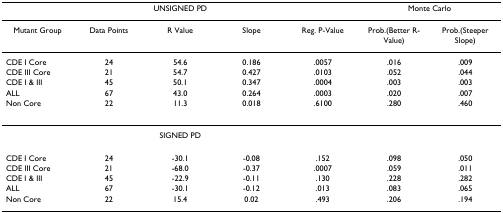
<table><thead><tr><td colspan="5"><b>UNSIGNED PD</b></td><td colspan="2"><b>Monte Carlo</b></td></tr></thead><tbody><tr><td>Mutant Group</td><td>Data Points</td><td>R Value</td><td>Slope</td><td>Reg. P-Value</td><td>Prob.(Better R-Value)</td><td>Prob.(Steeper Slope)</td></tr><tr><td>CDE I Core</td><td>24</td><td>54.6</td><td>0.186</td><td>.0057</td><td>.016</td><td>.009</td></tr><tr><td>CDE III Core</td><td>21</td><td>54.7</td><td>0.427</td><td>.0103</td><td>.052</td><td>.044</td></tr><tr><td>CDE I &amp; III</td><td>45</td><td>50.1</td><td>0.347</td><td>.0004</td><td>.003</td><td>.003</td></tr><tr><td>ALL</td><td>67</td><td>43.0</td><td>0.264</td><td>.0003</td><td>.020</td><td>.007</td></tr><tr><td>Non Core</td><td>22</td><td>11.3</td><td>0.018</td><td>.6100</td><td>.280</td><td>.460</td></tr><tr><td colspan="5">SIGNED PD</td><td></td><td></td></tr><tr><td>CDE I Core</td><td>24</td><td>-30.1</td><td>-0.08</td><td>.152</td><td>.098</td><td>.050</td></tr><tr><td>CDE III Core</td><td>21</td><td>-68.0</td><td>-0.37</td><td>.0007</td><td>.059</td><td>.011</td></tr><tr><td>CDE I &amp; III</td><td>45</td><td>-22.9</td><td>-0.11</td><td>.130</td><td>.228</td><td>.282</td></tr><tr><td>ALL</td><td>67</td><td>-30.1</td><td>-0.12</td><td>.013</td><td>.083</td><td>.065</td></tr><tr><td>Non Core</td><td>22</td><td>15.4</td><td>0.02</td><td>.493</td><td>.206</td><td>.194</td></tr></tbody></table>